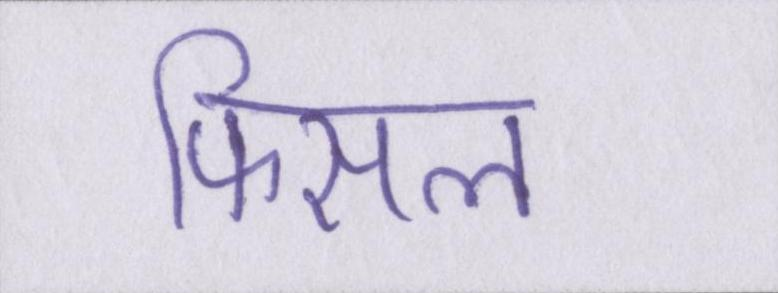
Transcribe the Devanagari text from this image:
फिसल